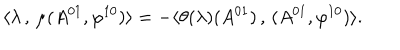
\langle \lambda \, , \, \mu ( A ^ { 0 1 } , \varphi ^ { 1 0 } ) \rangle = - \langle \theta ( \lambda ) ( A ^ { 0 1 } ) \, , \, ( A ^ { 0 1 } , \varphi ^ { 1 0 } ) \rangle .